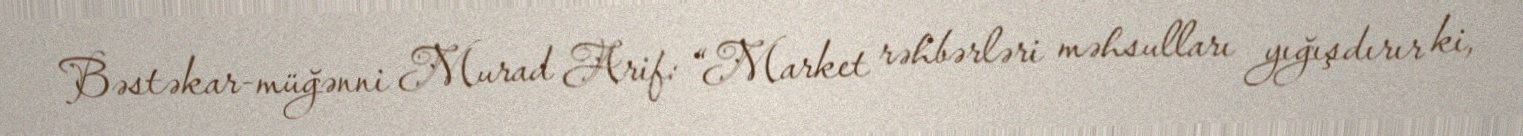
Bəstəkar-müğənni Murad Arif: “Market rəhbərləri məhsulları yığışdırır ki,